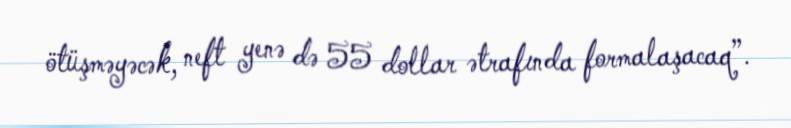
ötüşməyəcək, neft yenə də 55 dollar ətrafında formalaşacaq”.